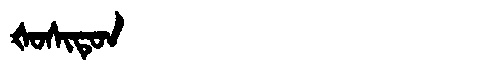
Manchu: ᡧᠣᠰᡳᡨᡠᠨ
Romanization: ŠOSITUN